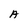
Character: A